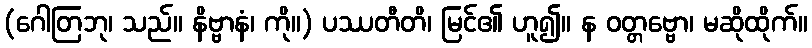
(ဂေါတြဘု၊ သည်။ နိဗ္ဗာနံ၊ ကို။) ပဿတီတိ၊ မြင်၏ ဟူ၍။ န ဝတ္တဗ္ဗော၊ မဆိုထိုက်။